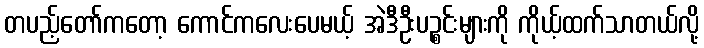
တပည့်တော်ကတော့ ကောင်ကလေးပေမယ့် အဲဒီဦးပဉ္စင်းများကို ကိုယ့်ထက်သာတယ်လို့